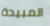
المبيدة